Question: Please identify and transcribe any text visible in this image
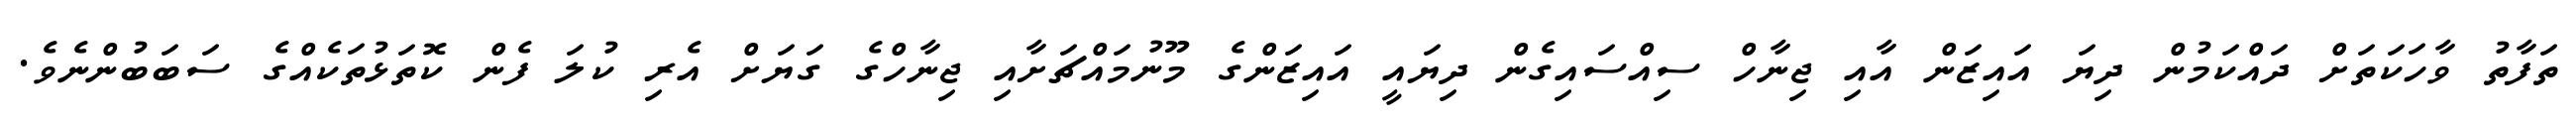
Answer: ތަފާތު ވާހަކަތަށް ދައްކަމުން ދިޔަ އައިޒަން އާއި ޖިނާހް ސިއްސައިގެން ދިޔައީ އައިޒަންގެ މޫނުމައްޗަށާއި ޖިނާހްގެ ގަޔަށް އެރި ކުލަ ފެން ކޮތަޅުތަކެއްގެ ސަބަބުންނެވެ.